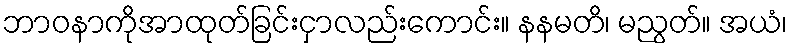
ဘာဝနာကိုအာထုတ်ခြင်းငှာလည်းကောင်း။ နနမတိ၊ မညွတ်။ အယံ၊